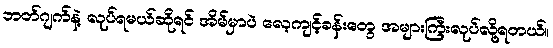
ဘတ်ဂျက်နဲ့ လုပ်ရမယ်ဆိုရင် အိမ်မှာပဲ လေ့ကျင့်ခန်းတွေ အများကြီးလုပ်လို့ရတယ်။